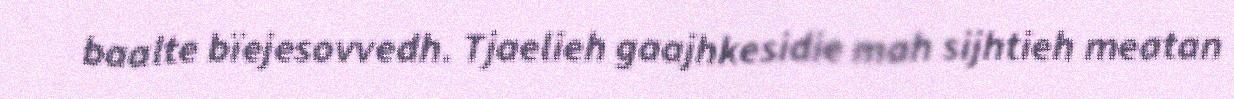
baalte bïejesovvedh. Tjaelieh gaajhkesidie mah sijhtieh meatan